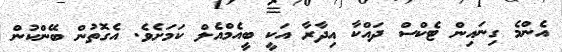
އެންމެ ގިނައިން ޓެކްސް ދައްކާ އިދާރާ އަކީ ބީއެމްއެލް ކަމަށެވެ. އެގޮތުން ބޭންކުން